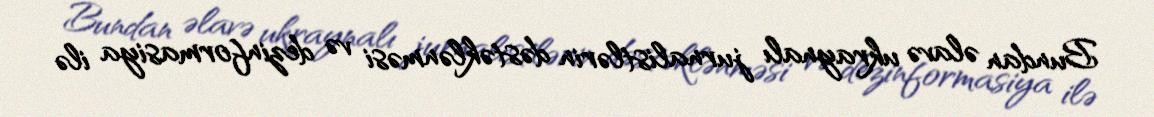
Bundan əlavə ukraynalı jurnalistlərin dəstəklənməsi və dezinformasiya ilə